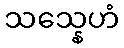
သသ္နေဟံ